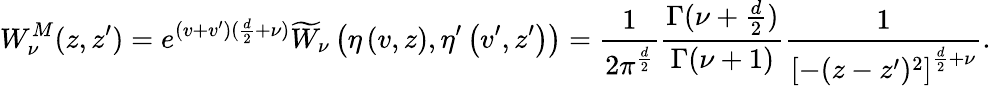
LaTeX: W_{\nu}^{M}(z,z^{\prime})=e^{(v+v^{\prime})(\frac{d}{2}+\nu)}\widetilde{W}_{\nu}\left(\eta\left(v,z\right),\eta^{\prime}\left(v^{\prime},z^{\prime}\right)\right)=\frac{1}{2\pi^{\frac{d}2}}\frac{\Gamma(\nu+\frac{d}2)}{\Gamma(\nu+1)}\frac 1{{[-(z-z^{\prime})^{2}]}^{\frac{d}2+\nu}}.